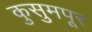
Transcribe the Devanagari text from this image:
कुसुमपूर